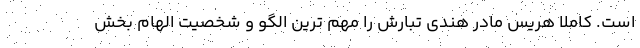
است. کاملا هریس مادر هندی تبارش را مهم ترین الگو و شخصیت الهام بخش